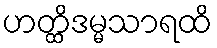
ဟတ္ထိဒမ္မသာရထိ